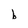
Character: b